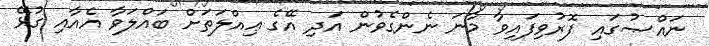
ނައްޞުގައި ފޮރުވިފައިވާ މާނަ ނެންގެވުން އަދި އޭގެ ޢިއްލަތަށް ބައްލަވާ އެއާއި ގުޅޭ